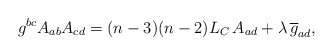
\begin{align*}g^{bc}A_{ab}A_{cd} = (n-3)(n-2) L_{C}\, A_{ad} + \lambda \, \overline{g}_{ad} ,\end{align*}